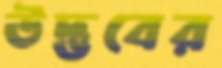
উদ্ভবের